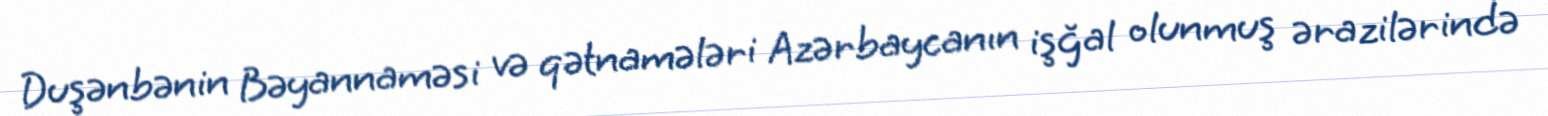
Duşənbənin Bəyannaməsi və qətnamələri Azərbaycanın işğal olunmuş ərazilərində